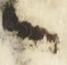
候